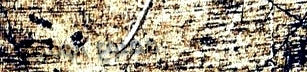
ممنوع الوقوف